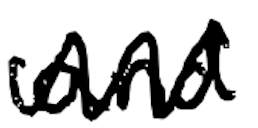
Text: and
Cross-out: zig-zag
Writing tool: digital_black